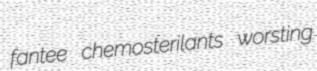
fantee chemosterilants worsting